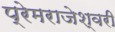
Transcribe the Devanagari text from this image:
प्रेमराजेश्वरी